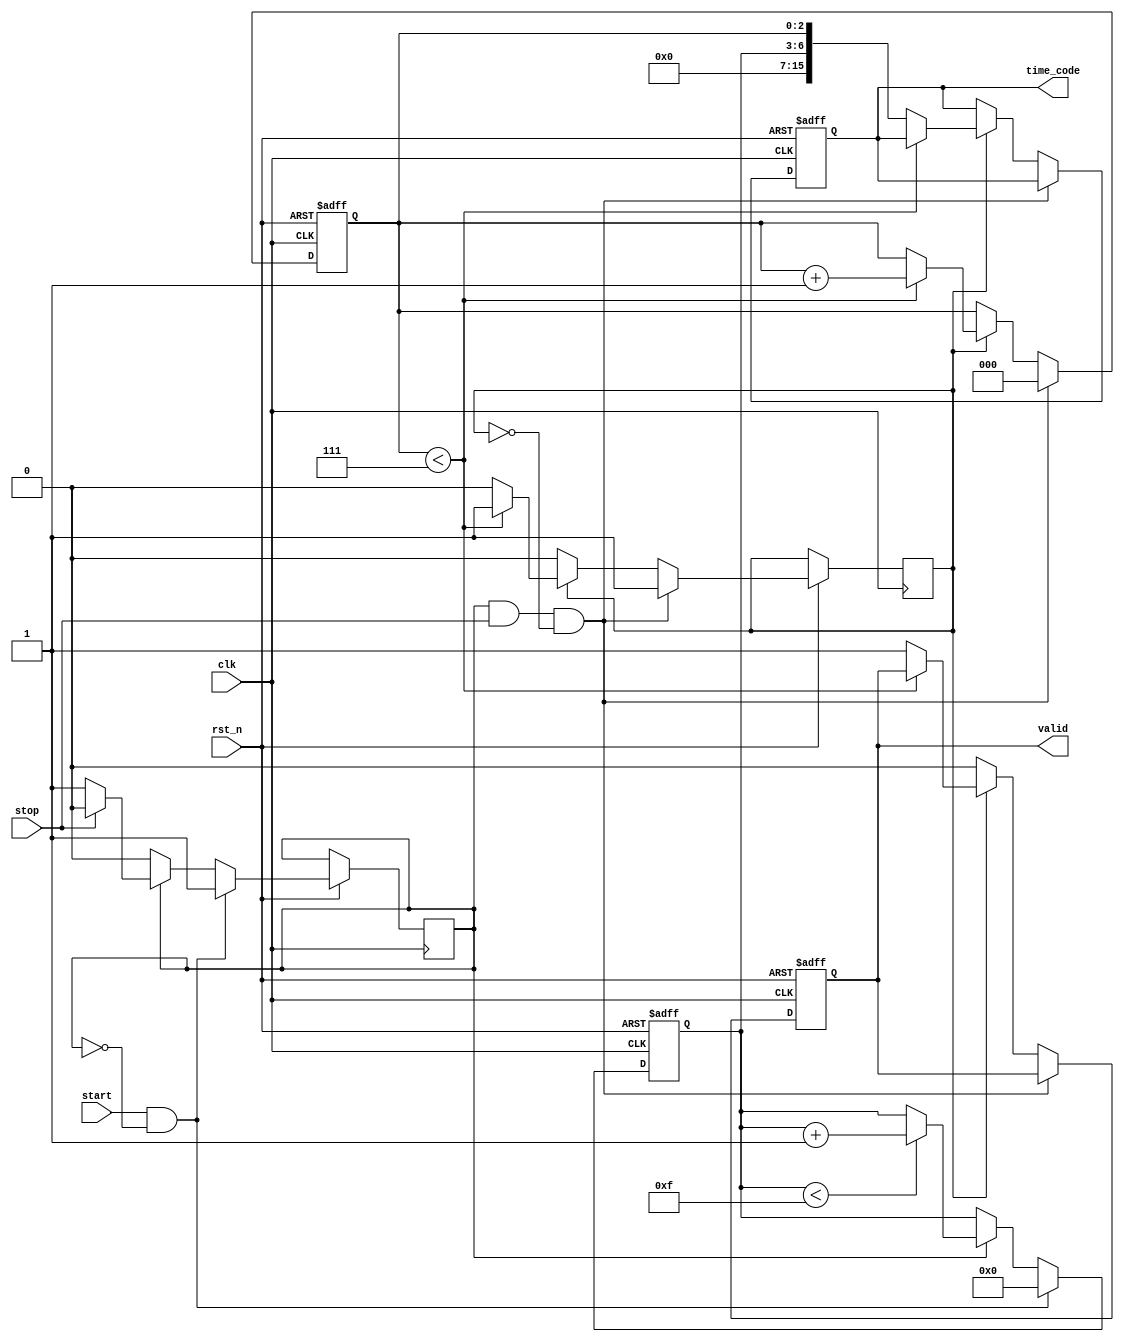
module TDC_Vernier (
    input wire clk,              // System clock
    input wire rst_n,            // Active-low reset
    input wire start,            // Start pulse input
    input wire stop,             // Stop pulse input
    output reg [15:0] time_code, // 16-bit digital output for time interval
    output reg valid             // Output valid signal
);

    // Parameters for delay lines
    parameter COARSE_DELAY_COUNT = 16; // Number of coarse delay elements
    parameter FINE_DELAY_COUNT = 8;     // Number of fine delay elements
    parameter COARSE_DELAY_INCREMENT = 100; // Coarse delay increment in picoseconds
    parameter FINE_DELAY_INCREMENT = 10; // Fine delay increment in picoseconds

    // Delay line registers
    reg [COARSE_DELAY_COUNT-1:0] coarse_delay;
    reg [FINE_DELAY_COUNT-1:0] fine_delay;
    
    // Internal signals for timing measurement
    reg [3:0] coarse_count;   // Counter for coarse delay line
    reg [2:0] fine_count;     // Counter for fine delay line
    reg start_flag;           // Flag indicating start pulse detected
    reg stop_flag;            // Flag indicating stop pulse detected

    // Coarse delay line simulation (delay elements)
    always @(posedge clk or negedge rst_n) begin
        if (!rst_n) begin
            coarse_count <= 0;
            coarse_delay <= 0;
        end else if (start && !start_flag) begin
            start_flag <= 1;
            coarse_count <= 0;
            coarse_delay <= {COARSE_DELAY_COUNT{1'b0}}; // Reset coarse delay line
        end else if (start_flag) begin
            if (coarse_count < COARSE_DELAY_COUNT - 1) begin
                coarse_count <= coarse_count + 1;
                coarse_delay[coarse_count] <= 1'b1; // Set the current coarse delay bit
            end
            if (stop) begin
                start_flag <= 0; // Reset start flag on stop
            end
        end
    end

    // Fine delay line simulation (delay elements)
    always @(posedge clk or negedge rst_n) begin
        if (!rst_n) begin
            fine_count <= 0;
            fine_delay <= 0;
            valid <= 0;
            time_code <= 0;
        end else if (start_flag && stop && !stop_flag) begin
            stop_flag <= 1;
            fine_count <= 0;
            fine_delay <= {FINE_DELAY_COUNT{1'b0}}; // Reset fine delay line
        end else if (stop_flag) begin
            if (fine_count < FINE_DELAY_COUNT - 1) begin
                fine_count <= fine_count + 1;
                fine_delay[fine_count] <= 1'b1; // Set the current fine delay bit
            end else begin
                valid <= 1;  // Signal valid output
                time_code <= {coarse_count, fine_count}; // Combine coarse and fine counts
                stop_flag <= 0; // Reset stop flag
            end
        end else begin
            valid <= 0; // Reset valid when not in measurement
        end
    end

endmodule